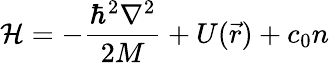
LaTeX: \mathcal{H}=-\frac{\hbar^{2}\nabla^{2}}{2M}+U(\vec{r})+c_{0}n